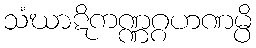
သံဃာဋိကဏ္ဏဂ္ဂဟဏမ္ပိ